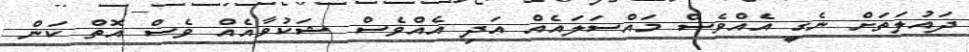
ދައުލަތަށް ނެގީ އެއްވެސް މައްސަލައެއް އަދި އެެއްވެސް ޝަކުވާއެއް ވެސް އޮތް ކަން